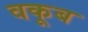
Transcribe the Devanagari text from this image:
वकूब